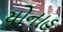
યોનાહ